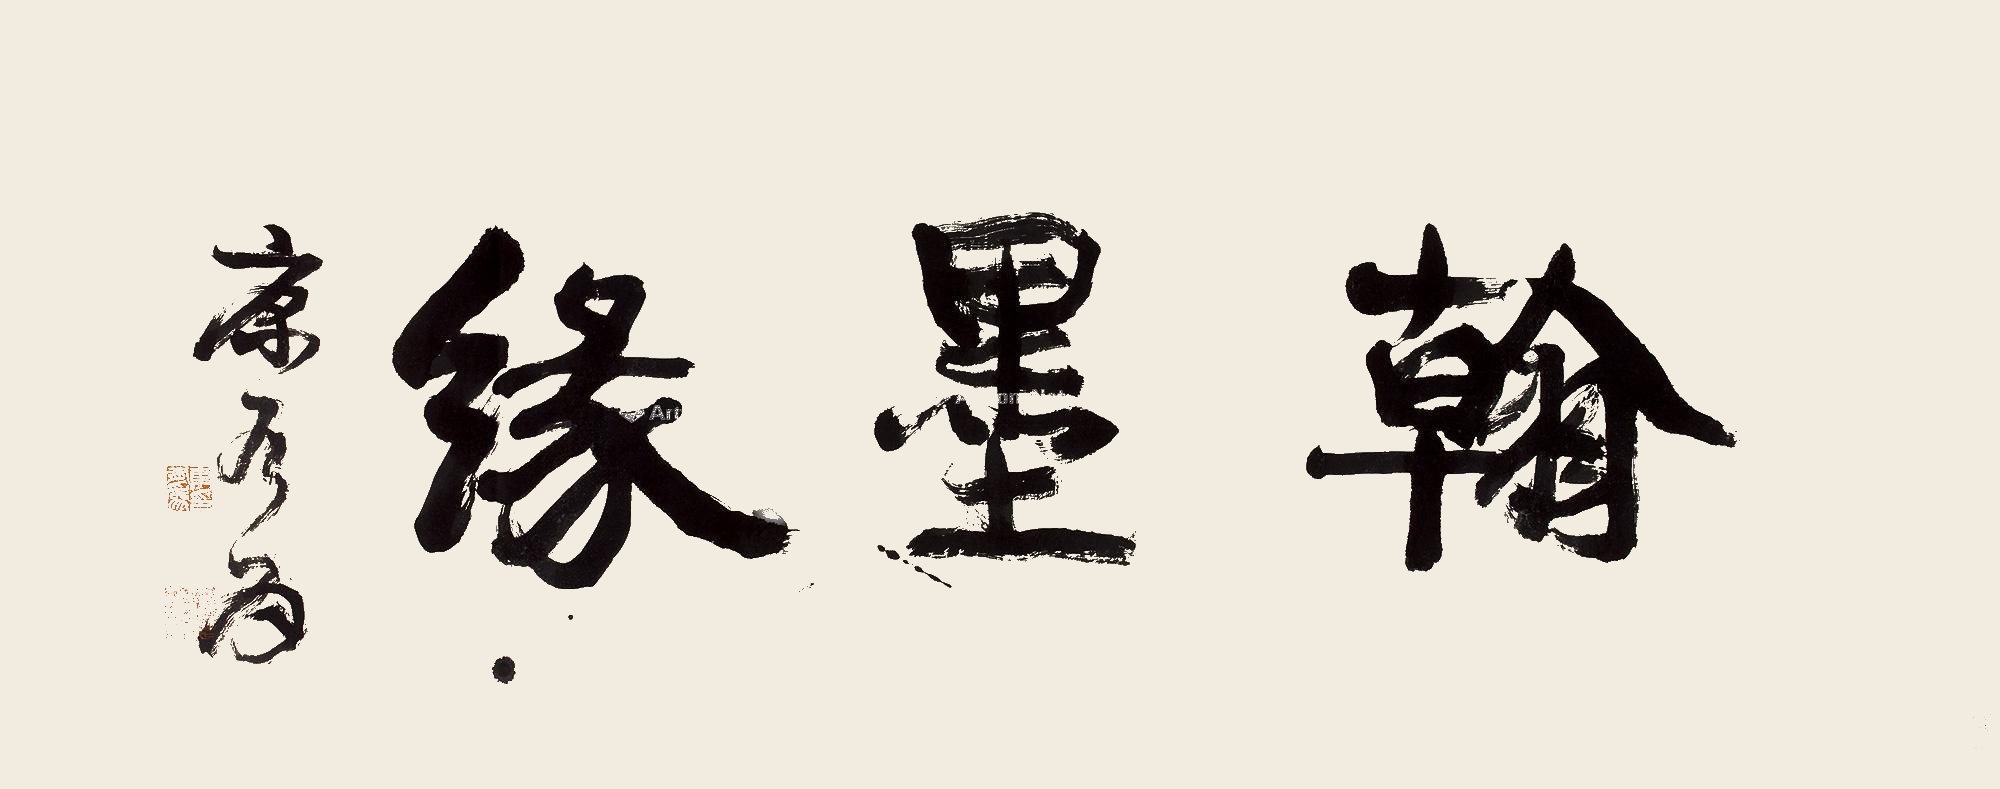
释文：翰墨缘。康有为。